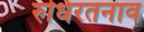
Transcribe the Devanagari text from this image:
रुधिरतनाव